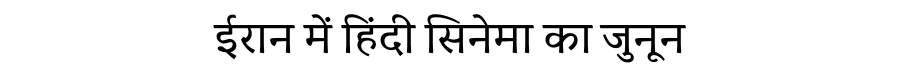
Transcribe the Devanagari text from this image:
ईरान में हिंदी सिनेमा का जुनून